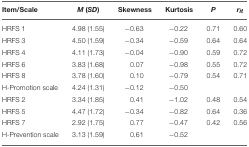
<table><thead><tr><td><b>Item/Scale</b></td><td><b><i>M</i> (<i>SD</i>)</b></td><td><b>Skewness</b></td><td><b>Kurtosis</b></td><td><b><i>P</i></b></td><td><b><i>r<sub><i>it</i></sub></i></b></td></tr></thead><tbody><tr><td>HRFS 1</td><td>4.98 (1.55)</td><td>−0.63</td><td>−0.22</td><td>0.71</td><td>0.60</td></tr><tr><td>HRFS 3</td><td>4.50 (1.59)</td><td>−0.34</td><td>−0.59</td><td>0.64</td><td>0.64</td></tr><tr><td>HRFS 4</td><td>4.11 (1.73)</td><td>−0.04</td><td>−0.90</td><td>0.59</td><td>0.72</td></tr><tr><td>HRFS 6</td><td>3.83 (1.68)</td><td>0.07</td><td>−0.98</td><td>0.55</td><td>0.72</td></tr><tr><td>HRFS 8</td><td>3.78 (1.60)</td><td>0.10</td><td>−0.79</td><td>0.54</td><td>0.71</td></tr><tr><td>H-Promotion scale</td><td>4.24 (1.31)</td><td>−0.12</td><td>−0.50</td><td></td><td></td></tr><tr><td>HRFS 2</td><td>3.34 (1.85)</td><td>0.41</td><td>−1.02</td><td>0.48</td><td>0.54</td></tr><tr><td>HRFS 5</td><td>4.47 (1.72)</td><td>−0.34</td><td>−0.82</td><td>0.64</td><td>0.36</td></tr><tr><td>HRFS 7</td><td>2.92 (1.75)</td><td>0.77</td><td>−0.47</td><td>0.42</td><td>0.56</td></tr><tr><td>H-Prevention scale</td><td>3.13 (1.59)</td><td>0.61</td><td>−0.52</td><td></td><td></td></tr></tbody></table>